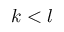
k < l